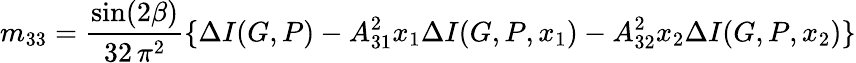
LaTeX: m_{33}=\frac{\sin(2\beta)}{32\, \pi^{2}}\{ \Delta I(G,P)-A_{31}^{2}x_{1}\Delta I(G,P,x_{1})-A_{32}^{2}x_{2}\Delta I(G,P,x_{2})\}